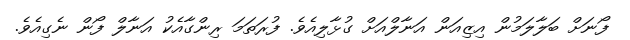
ފޯނަށް ބަލާލަމުން އިޒިއަން އަނާލްއަށް ގުޅާލިއެވެ. ފުރަތަމަ ރިންގާއެކު އަނާލް ފޯން ނެގިއެވެ.